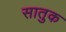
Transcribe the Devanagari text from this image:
सातुक